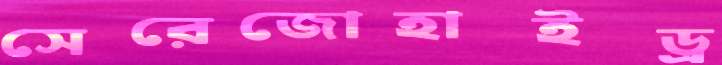
সেরেজোহাইড্র